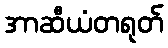
အာဆီယံတရုတ်